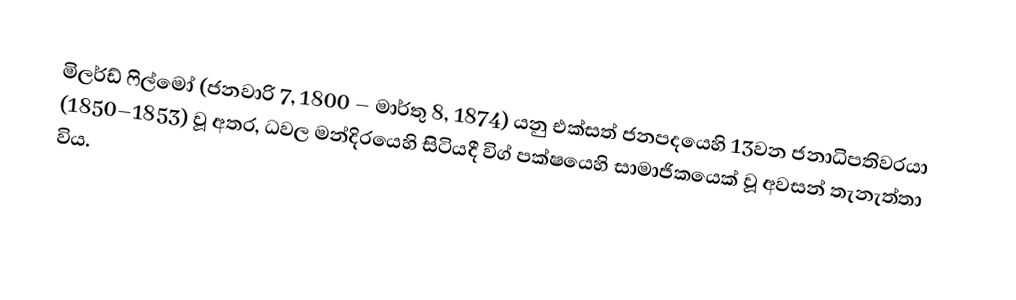
මිලර්ඩ් ෆිල්මෝ (ජනවාරි 7, 1800 – මාර්තු 8, 1874) යනු  එක්සත් ජනපදයෙහි 13වන ජනාධිපතිවරයා (1850–1853) වූ අතර, ධවල මන්දිරයෙහි සිටියදී විග් පක්ෂයෙහි සාමාජිකයෙක් වූ අවසන් තැනැත්තා විය.